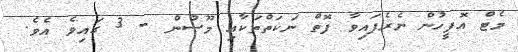
މެޓް އޮފީހުން ނެރެފައިވާ ފޮތް ނަކަތްތަކާއި މޫސުން - 3 ގައިވެ އެވެ.